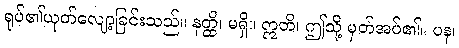
ရုပ်၏ယုတ်လျော့ခြင်းသည်။ နတ္ထိ၊ မရှိ။ ဣတိ၊ ဤသို့ မှတ်အပ်၏။ ပန၊